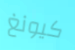
كيونغ